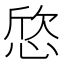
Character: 𢜛